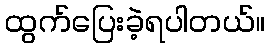
ထွက်ပြေးခဲ့ရပါတယ်။